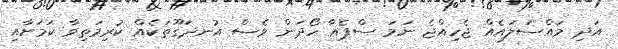
އަދި މައްސަލައެއް ޖެހިއްޖެ ނަމަ ސްޕެއާ ހޯދަން ވެސް އުނދަގޫތަކެއް ކުރިމަތިވާ ކަމަށާއި